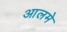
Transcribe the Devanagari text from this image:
आलमे